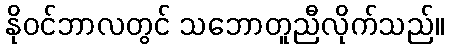
နိုဝင်ဘာလတွင် သဘောတူညီလိုက်သည်။